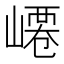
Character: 𡼟